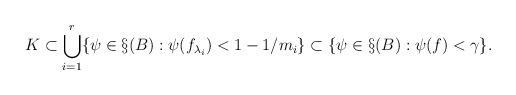
LaTeX: \begin{align*}K\subset \bigcup_{i=1}^r \{\psi\in \S(B):\psi(f_{\lambda_i})<1-1/{m_i}\}\subset \{\psi\in \S(B):\psi(f)<\gamma\}.\end{align*}